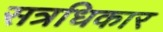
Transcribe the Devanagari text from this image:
सत्रधिकार